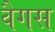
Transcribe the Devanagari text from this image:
वैगस